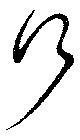
何